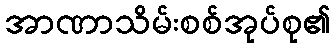
အာဏာသိမ်းစစ်အုပ်စု၏